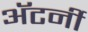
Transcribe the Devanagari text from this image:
अॅटर्नी